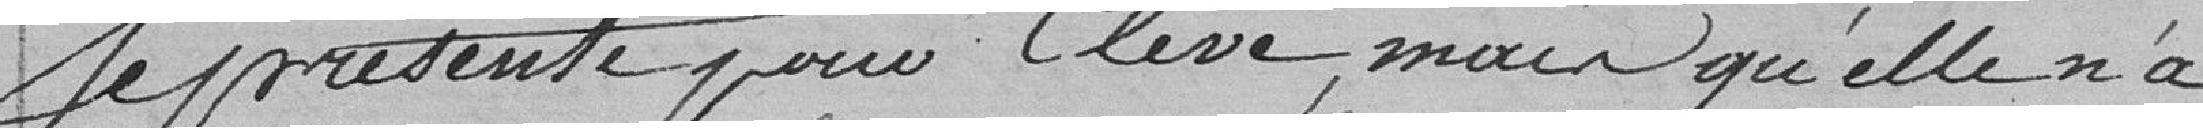
se présente pour élève, mais qu'elle n'a